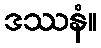
ဒဿနံ။